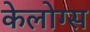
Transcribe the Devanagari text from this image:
केलोग्स